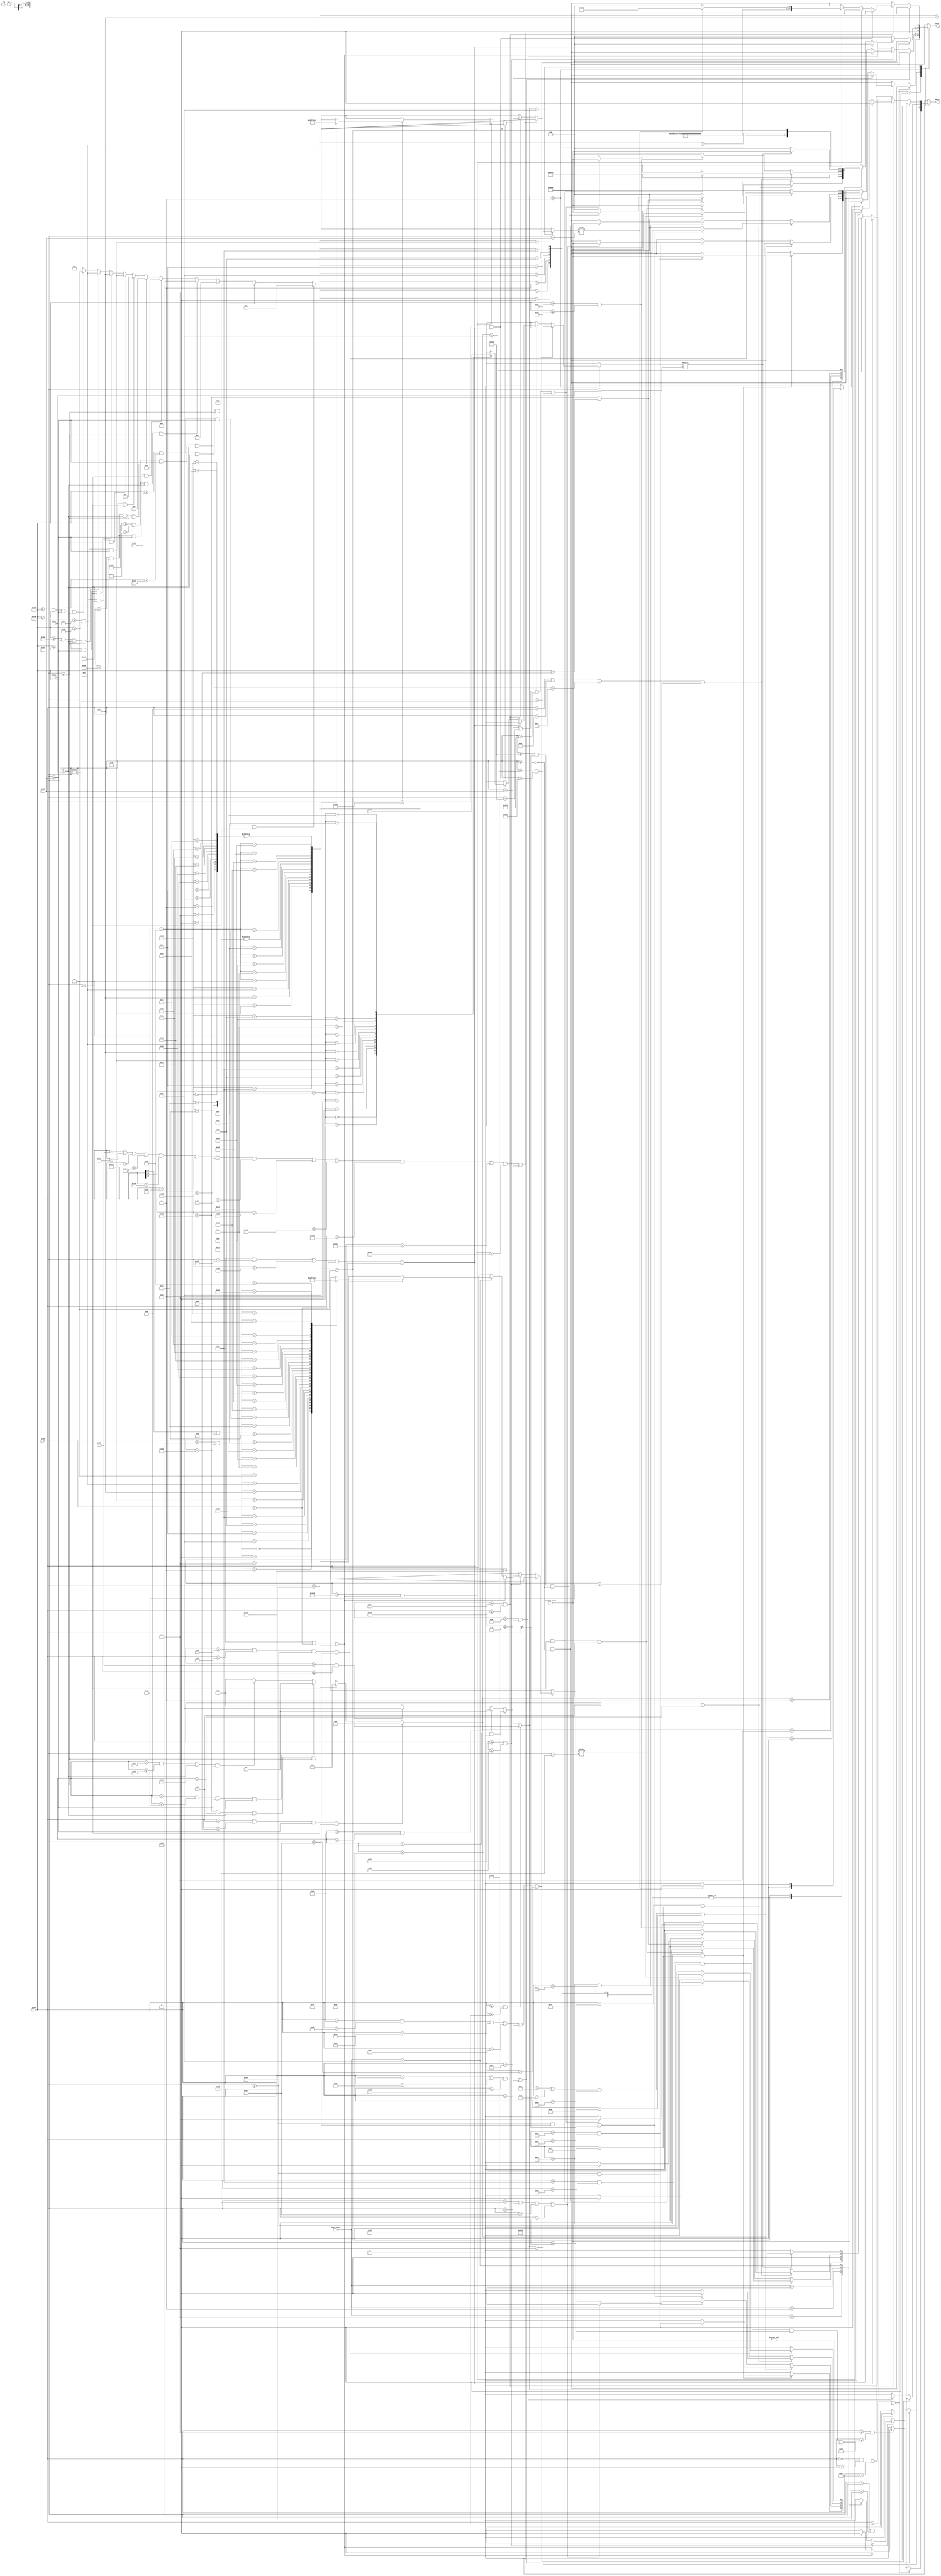
module interface(
	input clk,
	input rst_n,
	input [12:0] x_pos,
	input [12:0] y_pos,
	
	input [15:0]  current_color,		//color1~8, erase
	input [2:0]  draw_shape,		//dir, line, rec

	output reg match,
	output reg [15:0] color
);
parameter black = 16'b1_00000_00000_00000;	//black
parameter blue = 16'b1_00000_00000_11111;	//blue
parameter green = 16'b1_00000_11111_00000;	//green
parameter red = 16'b1_11111_00000_00000; //red
parameter light_blue = 16'b1_00000_11111_11111;	//light blue
parameter purple = 16'b1_11111_00000_11111; //purple
parameter yellow = 16'b1_11111_11111_00000; //yellow
parameter white = 16'b1_11111_11111_11111;	//white
parameter orange = 16'b1_11111_10011_00011;
parameter transparent = 16'b0_00000_00000_00000;

parameter gray = 16'b1_10011_10011_10011;   //gray
parameter brown = {1'd1, 5'd17, 5'd8, 5'd2};

parameter draw_dir  = 1;
parameter draw_line = 2;
parameter draw_rec  = 3;
parameter draw_tri  = 4;

parameter line_width  = 2;
parameter current_block_height = 80;

parameter x_left = 720;
parameter x_middle = 760;
parameter x_right = 799;

// block_cur_mode
parameter block1 = 1;
parameter block2 = 2;
parameter block3 = 3;
parameter block4 = 4;

// block_color
parameter block_red =  1;
parameter block_org =  2;
parameter block_yel =  3;
parameter block_gre =  4;
parameter block_lblu=  5;
parameter block_blu =  6;
parameter block_pur =  7;
parameter block_whi =  8;
parameter block_bla =  9;
parameter block_era = 10;
parameter block_clear = 11;

// block_mode
parameter block_dir = 1;
parameter block_line = 2;
parameter block_rec = 3;
parameter block_tri = 4;


wire [0:64] tri_point [32:0];

assign tri_point[0] =65'b00000_00000_00000_00000_00000_00000_01000_00000_00000_00000_00000_00000_00000;
assign tri_point[1] =65'b00000_00000_00000_00000_00000_00000_11000_00000_00000_00000_00000_00000_00000;
assign tri_point[2] =65'b00000_00000_00000_00000_00000_00001_10110_00000_00000_00000_00000_00000_00000;
assign tri_point[3] =65'b00000_00000_00000_00000_00000_00011_00011_00000_00000_00000_00000_00000_00000;
assign tri_point[4] =65'b00000_00000_00000_00000_00000_00110_00001_10000_00000_00000_00000_00000_00000;
assign tri_point[5] =65'b00000_00000_00000_00000_00000_01100_00000_11000_00000_00000_00000_00000_00000;
assign tri_point[6] =65'b00000_00000_00000_00000_00000_11000_00000_01100_00000_00000_00000_00000_00000;
assign tri_point[7] =65'b00000_00000_00000_00000_00001_10000_00000_00110_00000_00000_00000_00000_00000;
assign tri_point[8] =65'b00000_00000_00000_00000_00011_00000_00000_00011_00000_00000_00000_00000_00000;
assign tri_point[9] =65'b00000_00000_00000_00000_00110_00000_00000_00001_10000_00000_00000_00000_00000;
assign tri_point[10]=65'b00000_00000_00000_00000_01100_00000_00000_00000_11000_00000_00000_00000_00000;
assign tri_point[11]=65'b00000_00000_00000_00000_11000_00000_00000_00000_01100_00000_00000_00000_00000;
assign tri_point[12]=65'b00000_00000_00000_00001_10000_00000_00000_00000_00110_00000_00000_00000_00000;
assign tri_point[13]=65'b00000_00000_00000_00011_00000_00000_00000_00000_00011_00000_00000_00000_00000;
assign tri_point[14]=65'b00000_00000_00000_00110_00000_00000_00000_00000_00001_10000_00000_00000_00000;
assign tri_point[15]=65'b00000_00000_00000_01100_00000_00000_00000_00000_00000_11000_00000_00000_00000;
assign tri_point[16]=65'b00000_00000_00000_11000_00000_00000_00000_00000_00000_01100_00000_00000_00000;
assign tri_point[17]=65'b00000_00000_00001_10000_00000_00000_00000_00000_00000_00110_00000_00000_00000;
assign tri_point[18]=65'b00000_00000_00011_00000_00000_00000_00000_00000_00000_00011_00000_00000_00000;
assign tri_point[19]=65'b00000_00000_00110_00000_00000_00000_00000_00000_00000_00001_10000_00000_00000;
assign tri_point[20]=65'b00000_00000_01100_00000_00000_00000_00000_00000_00000_00000_11000_00000_00000;
assign tri_point[21]=65'b00000_00000_11000_00000_00000_00000_00000_00000_00000_00000_01100_00000_00000;
assign tri_point[22]=65'b00000_00001_10000_00000_00000_00000_00000_00000_00000_00000_00110_00000_00000;
assign tri_point[23]=65'b00000_00011_00000_00000_00000_00000_00000_00000_00000_00000_00011_00000_00000;
assign tri_point[24]=65'b00000_00110_00000_00000_00000_00000_00000_00000_00000_00000_00001_10000_00000;
assign tri_point[25]=65'b00000_01100_00000_00000_00000_00000_00000_00000_00000_00000_00000_11000_00000;
assign tri_point[26]=65'b00000_11000_00000_00000_00000_00000_00000_00000_00000_00000_00000_01100_00000;
assign tri_point[27]=65'b00001_10000_00000_00000_00000_00000_00000_00000_00000_00000_00000_00110_00000;
assign tri_point[28]=65'b00011_00000_00000_00000_00000_00000_00000_00000_00000_00000_00000_00011_00000;
assign tri_point[29]=65'b00110_00000_00000_00000_00000_00000_00000_00000_00000_00000_00000_00001_10000;
assign tri_point[30]=65'b01100_00000_00000_00000_00000_00000_00000_00000_00000_00000_00000_00000_11000;
assign tri_point[31]=65'b01111_11111_11111_11111_11111_11111_11111_11111_11111_11111_11111_11111_11110;
assign tri_point[32]=65'b11111_11111_11111_11111_11111_11111_11111_11111_11111_11111_11111_11111_11111;


wire [0:30] tri_mode [15:0];

assign tri_mode[0] =31'b00000_00000_00001_00000_00000_00000_0;
assign tri_mode[1] =31'b00000_00000_00011_00000_00000_00000_0;
assign tri_mode[2] =31'b00000_00000_00110_11000_00000_00000_0;
assign tri_mode[3] =31'b00000_00000_01100_01100_00000_00000_0;
assign tri_mode[4] =31'b00000_00000_11000_00110_00000_00000_0;
assign tri_mode[5] =31'b00000_00001_10000_00011_00000_00000_0;
assign tri_mode[6] =31'b00000_00011_00000_00001_10000_00000_0;
assign tri_mode[7] =31'b00000_00110_00000_00000_11000_00000_0;
assign tri_mode[8] =31'b00000_01100_00000_00000_01100_00000_0;
assign tri_mode[9] =31'b00000_11000_00000_00000_00110_00000_0;
assign tri_mode[10]=31'b00001_10000_00000_00000_00011_00000_0;
assign tri_mode[11]=31'b00011_00000_00000_00000_00001_10000_0;
assign tri_mode[12]=31'b00110_00000_00000_00000_00000_11000_0;
assign tri_mode[13]=31'b01100_00000_00000_00000_00000_01100_0;
assign tri_mode[14]=31'b01111_11111_11111_11111_11111_11111_0;
assign tri_mode[15]=31'b11111_11111_11111_11111_11111_11111_1;

wire [69:0] clr [30:0];

assign clr[0]  = 70'b0000000000000000000000000000000000000000000000000000000000000000000000;
assign clr[1]  = 70'b0000000000000000000000000000000000000000000000000000000000000000000000;
assign clr[2]  = 70'b0000000000000000000000000000000000000000000000000000000000000000000000;
assign clr[3]  = 70'b0000000000000000000000000000000000000000000000000000000000000000000000;
assign clr[4]  = 70'b0000000000000000000000000000000000000000000000000000000000000000000000;
assign clr[5]  = 70'b0000000000000000000000000000000000000000000000000000000000000000000000;
assign clr[6]  = 70'b0000000000000000111000000000001110000000000000111111000000000000000000;
assign clr[7]  = 70'b0000000000000011111100000000001110000000000000111111110000000000000000;
assign clr[8]  = 70'b0000000000000111001110000000001110000000000000110000111000000000000000;
assign clr[9]  = 70'b0000000000001110000111000000001110000000000000110000011000000000000000;
assign clr[10] = 70'b0000000000011110000000000000001110000000000000110000001100000000000000;
assign clr[11] = 70'b0000000000011100000000000000001110000000000000110000001100000000000000;
assign clr[12] = 70'b0000000000011100000000000000001110000000000000110000011000000000000000;
assign clr[13] = 70'b0000000000011100000000000000001110000000000000110000110000000000000000;
assign clr[14] = 70'b0000000000011100000000000000001110000000000000111111100000000000000000;
assign clr[15] = 70'b0000000000011100000000000000001110000000000000111111000000000000000000;
assign clr[16] = 70'b0000000000011100000000000000001110000000000000110011000000000000000000;
assign clr[17] = 70'b0000000000011100000000000000001110000000000000110011000000000000000000;
assign clr[18] = 70'b0000000000001110000000000000001110000000000000110001100000000000000000;
assign clr[19] = 70'b0000000000001110000111000000001110000000000000110001110000000000000000;
assign clr[20] = 70'b0000000000000111001110000000001110000110000000110000110000000000000000;
assign clr[21] = 70'b0000000000000011111100000000001111111110000000110000111000000000000000;
assign clr[22] = 70'b0000000000000000111000000000001111111110000000110000011100000000000000;
assign clr[23] = 70'b0000000000000000000000000000000000000000000000000000000000000000000000;
assign clr[24] = 70'b0000000000000000000000000000000000000000000000000000000000000000000000;
assign clr[25] = 70'b0000000000000000000000000000000000000000000000000000000000000000000000;
assign clr[26] = 70'b0000000000000000000000000000000000000000000000000000000000000000000000;
assign clr[27] = 70'b0000000000000000000000000000000000000000000000000000000000000000000000;
assign clr[28] = 70'b0000000000000000000000000000000000000000000000000000000000000000000000;
assign clr[29] = 70'b0000000000000000000000000000000000000000000000000000000000000000000000;
assign clr[30] = 70'b0000000000000000000000000000000000000000000000000000000000000000000000;

reg [2:0]  draw_shape_r;
wire [2:0] block_cur_mode;
assign block_cur_mode = (y_pos>= 0 && y_pos <= 79) ? block1 : (y_pos>= 85 && y_pos <= 164) ? block2 : (y_pos>= 170 && y_pos <= 247) ? block3 : (y_pos>= 253 && y_pos <= 482) ? block4 : 0;

wire [3:0] block_color;
assign block_color = (y_pos>= 258 && y_pos <= 287 && x_pos>= 725 && x_pos <= 755) ? block_red : (y_pos>= 258 && y_pos <= 287 && x_pos>= 764 && x_pos <= 794) ? block_org : (y_pos>= 296 && y_pos <= 325 && x_pos>= 725 && x_pos <= 755) ? block_yel : (y_pos>= 296 && y_pos <= 325 && x_pos>= 764 && x_pos <= 794) ? block_gre : (y_pos>= 334 && y_pos <= 363 && x_pos>= 725 && x_pos <= 755) ? block_lblu : (y_pos>= 334 && y_pos <= 363 && x_pos>= 764 && x_pos <= 794) ? block_blu : (y_pos>= 372 && y_pos <= 401 && x_pos>= 725 && x_pos <= 755) ? block_pur : (y_pos>= 372 && y_pos <= 401 && x_pos>= 764 && x_pos <= 794) ? block_whi : (y_pos>= 410 && y_pos <= 439 && x_pos>= 725 && x_pos <= 755) ? block_bla : (y_pos>= 410 && y_pos <= 439 && x_pos>= 764 && x_pos <= 794) ? block_era : (y_pos>= 447 && y_pos <= 477 && x_pos>= 725 && x_pos <= 794) ? block_clear : 0;                                                                       

wire [2:0] block_mode;
assign block_mode = (y_pos>= 188 && y_pos <= 191 && x_pos>= 725 && x_pos <= 755) ? block_dir : ((y_pos==189 || y_pos==190) && x_pos>= 764 && x_pos <= 794) ? block_line : (y_pos>= 213 && y_pos <= 242 && x_pos>= 725 && x_pos <= 755) ? block_rec : (y_pos>= 220 && y_pos <= 235 && x_pos>= 764 && x_pos <= 794) ? block_tri : 0;

// the first block (current color)
always@(*) begin
	match = 0;
	color = black;
	case(block_cur_mode)
		// the first block (current color)
		block1 : begin
			if(y_pos==0 || y_pos==1 || y_pos==78 || y_pos==79) begin
				if(x_pos>=720 && x_pos<=799) match = 1;
				else match = 0;
			end
			else if(y_pos >= 2 && y_pos <= 77) begin
				if(x_pos==720 || x_pos==721 || x_pos==798 || x_pos==799) match = 1;
				// the current color location
				else if(y_pos >= 7 && y_pos <= 72 && x_pos >= 727 && x_pos <= 792 && current_color != transparent) begin
					match = 1;
					color = current_color;
				end
				else ;
			end
			else;
		end
	
		// the second block (current mode)
		block2 : begin
			if(y_pos==85 || y_pos==86 || y_pos==163 || y_pos==164) begin
				if(x_pos>=720 && x_pos<=799) match = 1;
				else match = 0;
			end
			else if(y_pos >= 87 && y_pos <= 162) begin
				if(x_pos==720 || x_pos==721 || x_pos==798 || x_pos==799) match = 1;
				else begin
					case (draw_shape)
						draw_line : begin
							if((y_pos == 125) || (y_pos == 126)) begin
								if(x_pos >= 727 && x_pos <= 792) begin
									match = 1;
									color = current_color;
								end
								else;
							end
							else;
						end
						
						draw_rec : begin
							if((y_pos == 92) || (y_pos == 93) || (y_pos == 157) || (y_pos == 158)) begin
								if((x_pos >= 727) && (x_pos <= 792)) begin
									match = 1;
									color = current_color;
								end
								else ;
							end
							else if((y_pos >= 94) && (y_pos <= 156)) begin
								if((x_pos==727) || (x_pos==728) || (x_pos==791) || (x_pos==792)) begin
									match = 1;
									color = current_color;
								end
								else;
							end
							else;
						end
					
						draw_dir : begin
							if((y_pos == 124) || (y_pos == 126)) begin
								if((x_pos >= 727) && (x_pos <= 791) && (x_pos[0] == 1)) begin
									match = 1;
									color = current_color;
								end
								else;
							end
							else if((y_pos == 125) || (y_pos == 127)) begin
								if((x_pos >= 728) && (x_pos <= 790) && (x_pos[0] == 0)) begin
									match = 1;
									color = current_color;
								end
								else;
							end
							else;
						end
						
						draw_tri : begin
							if((y_pos >= 109) && (y_pos <= 141) && (x_pos >= 727) && (x_pos <= 791)) begin
								if(tri_point[y_pos-109][x_pos-727] == 1) begin
									match = 1;
									color = current_color;
								end
								else;
							end
							else;
						end
						default : begin	
							match = 0;
							color = black;
						end
					endcase
				end
			end
		end
	
		// the third block (choosing mode)
		block3 : begin
			if(y_pos==170 || y_pos==171 || y_pos==208 || y_pos==209 || y_pos==246 || y_pos==247) begin
				if(x_pos>=720 && x_pos<=799) match = 1;
				else match = 0;
			end
			else if(y_pos >= 172 && y_pos <= 245) begin
				if(x_pos==720 || x_pos==721 || x_pos==759 || x_pos==760 || x_pos==798 || x_pos==799) match = 1;
				else begin
					case(block_mode)
						block_dir: begin
							if(y_pos==188 || y_pos==190) begin
								if(x_pos >= 725 && x_pos <= 755 && x_pos[0]==1) begin
									match = 1;
									color = gray;
								end
								else begin
									match = 0;
									color = black;
								end
							end
							else if(y_pos==189 || y_pos==191) begin
								if(x_pos >= 726 && x_pos <= 754 && x_pos[0]==0) begin
									match = 1;
									color = gray;
								end
								else begin
									match = 0;
									color = black;
								end
							end
							else begin
								match = 0;
								color = black;
							end
						end
						block_line: begin
							match = 1;
							color = gray;
						end
						block_rec: begin
							if(y_pos==213 || y_pos==214 || y_pos==241 || y_pos==242) begin
								if(x_pos>=725 && x_pos<=755) begin
									match = 1;
									color = gray;
								end
								else match = 0;
							end
							else if(y_pos >= 215 && y_pos <= 240) begin
								if(x_pos==725 || x_pos==726 || x_pos==754 || x_pos==755) begin
									match = 1;
									color = gray;
								end
								else match = 0;
							end
							else match = 0;
						end
						block_tri: begin
							if(tri_mode[y_pos-220][x_pos-764] == 1) begin
								match = 1;
								color = gray;
							end
							else match = 0;
						end
						default : begin
							match = 0;
							color = black;
						
						end
					endcase
				end
			end
			else;
		end
	
	
		// the fourth block (choosing color)
		block4 : begin
			if(y_pos==253 || y_pos==254 || y_pos==291 || y_pos==292 || y_pos==329 || y_pos==330 || y_pos==367 || y_pos==368 || y_pos==405 || y_pos==406 || y_pos==443 || y_pos==444 || y_pos==481 || y_pos==482) begin
				if(x_pos>=720 && x_pos<=799) match = 1;
				else match = 0;
			end
			else if(y_pos >= 255 && y_pos <= 480) begin
				if(y_pos<=442 && (x_pos==720 || x_pos==721 || x_pos==759 || x_pos==760 || x_pos==798 || x_pos==799)) match = 1;
				else if(y_pos>=445 && (x_pos==720 || x_pos==721 || x_pos==798 || x_pos==799)) match = 1;
				else begin
					case(block_color) 
						block_red : begin
							match = 1;
							color = red;
						end
						block_org : begin
							match = 1;
							color = orange;
						end
						block_yel : begin
							match = 1;
							color = yellow;
						end
						block_gre : begin
							match = 1;
							color = green;
						end
						block_lblu : begin
							match = 1;
							color = light_blue;
						end
						block_blu : begin
							match = 1;
							color = blue;
						end
						block_pur : begin
							match = 1;
							color = purple;
						end
						block_whi : begin
							match = 1;
							color = white;
						end
						block_bla : begin
							match = 1;
							color = black;
						end
						block_era : begin
							match = 0;			// note that match = 0 when color = transparent
							color = transparent;
						end
						block_clear : begin
							if(clr[y_pos-447][x_pos-725] == 1) begin
								match = 1;
								color = brown;
							end
							else begin
								match = 0; 
								color = black;
							end
						end
						default : begin
							match = 0; 
							color = black;
						end
					endcase
				end
			end
			else ;
		end
	endcase
end

endmodule